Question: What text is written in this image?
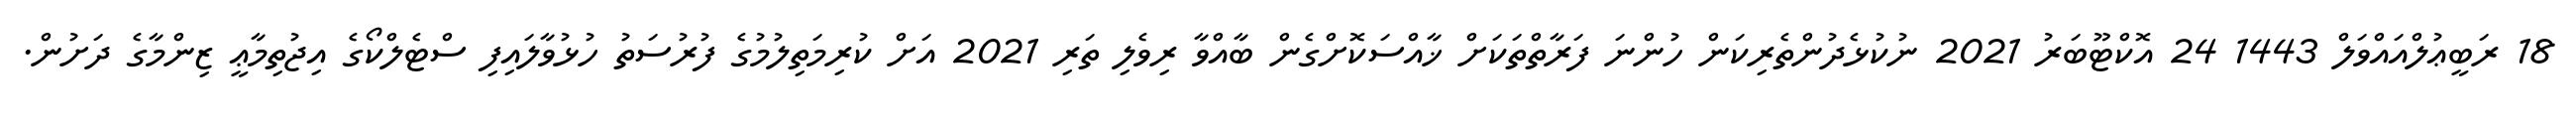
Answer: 18 ރަބީޢުލްއައްވަލް 1443 24 އޮކްޓޫބަރު 2021 ނުކުޅެދުންތެރިކަން ހުންނަ ފަރާތްތަކަށް ޚާއްސަކޮށްގެން ބާއްވާ ރިވެލި ތަރި 2021 އަށް ކުރިމަތިލުމުގެ ފުރުސަތު ހުޅުވާލައިފި ސްޓެލްކޯގެ އިޖުތިމާޢީ ޒިންމާގެ ދަށުން.